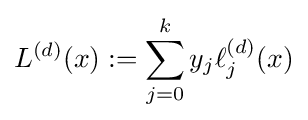
L^{(d)}(x):=\sum _{j=0}^{k}y_{j}\ell _{j}^{(d)}(x)